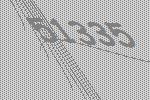
51335